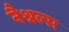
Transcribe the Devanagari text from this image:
नैश्नल्स